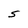
Character: S